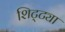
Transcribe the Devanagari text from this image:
शिट्ट्या